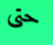
حتى